Treatise on elephants
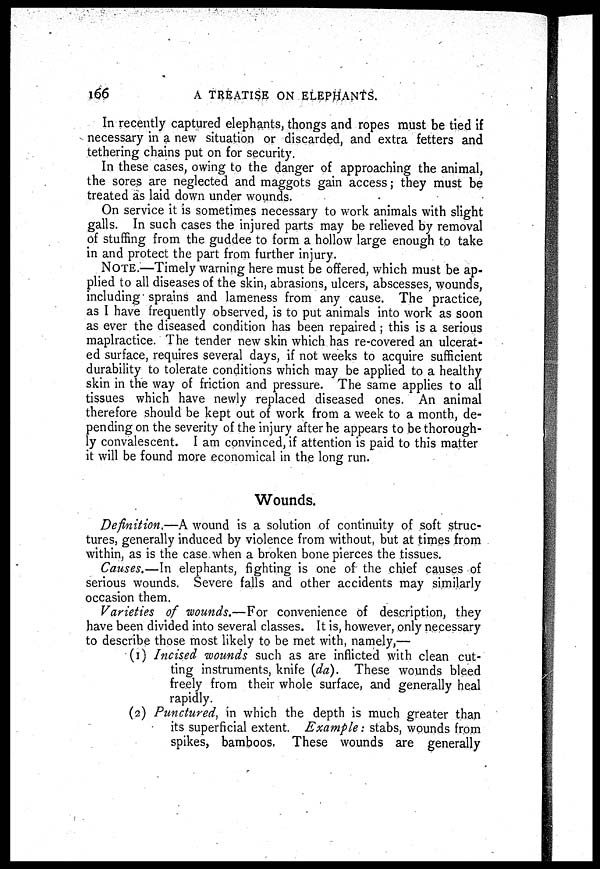
166
A TREATISE ON ELEPHANTS.
In recently captured elephants, thongs and ropes must be tied if
necessary in a new situation or discarded, and extra fetters and
tethering chains put on for security.
In these cases, owing to the danger of approaching the animal,
the sores are neglected and maggots gain access; they must be
treated as laid down under wounds.
On service it is sometimes necessary to work animals with slight
galls. In such cases the injured parts may be relieved by removal
of stuffing from the guddee to form a hollow large enough to take
in and protect the part from further injury.
NOTE.—Timely warning here must be offered, which must be ap-
plied to all diseases of the skin, abrasions, ulcers, abscesses, wounds,
including sprains and lameness from any cause. The practice,
as I have frequently observed, is to put animals into work as soon
as ever the diseased condition has been repaired ; this is a serious
maplractice. The tender new skin which has re-covered an ulcerat-
ed surface, requires several days, if not weeks to acquire sufficient
durability to tolerate conditions which may be applied to a healthy
skin in the way of friction and pressure. The same applies to all
tissues which have newly replaced diseased ones. An animal
therefore should be kept out of work from a week to a month, de-
pending on the severity of the injury after he appears to be thorough-
ly convalescent. I am convinced, if attention is paid to this matter
it will be found more economical in the long run.
Wounds.
Definition.—A wound is a solution of continuity of soft struc-
tures, generally induced by violence from without, but at times from
within, as is the case when a broken bone pierces the tissues.
Causes.—In elephants, fighting is one of the chief causes of
serious wounds. Severe falls and other accidents may similarly
occasion them.
Varieties of wounds.—For convenience of description, they
have been divided into several classes. It is, however, only necessary
to describe those most likely to be met with, namely,—
(1) Incised wounds such as are inflicted with clean cut-
ting instruments, knife (da). These wounds bleed
freely from their whole surface, and generally heal
rapidly.
(2) Punctured, in which the depth is much greater than
its superficial extent. Example: stabs, wounds from
spikes, bamboos. These wounds are generally